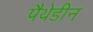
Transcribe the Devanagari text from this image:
पैथेडीन